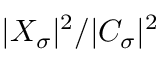
| X _ { \sigma } | ^ { 2 } / | C _ { \sigma } | ^ { 2 }